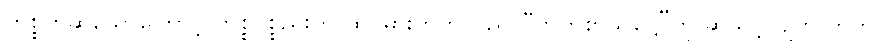
ကိစ္စဟုဆိုသောကြောင့် ကိစ္စပစ္စည်းဟု ထင်မှားတတ်သည်၊ “ကိတ်စာသိဋ္ဌေ”ဟု ဆိုသင့်လျက် တ်ကို